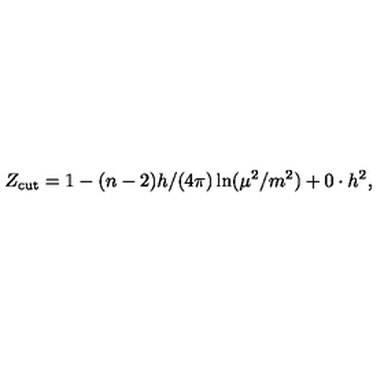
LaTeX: Z _ { \mathrm { c u t } } = 1 - ( n - 2 ) h / ( 4 \pi ) \ln ( \mu ^ { 2 } / m ^ { 2 } ) + 0 \cdot h ^ { 2 } ,